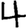
Digit: 4